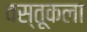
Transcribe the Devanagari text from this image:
वस्तूकला